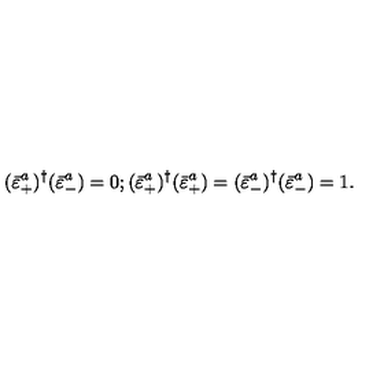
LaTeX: ( \bar { \varepsilon } _ { + } ^ { a } ) ^ { \dagger } ( \bar { \varepsilon } _ { - } ^ { a } ) = 0 ; ( \bar { \varepsilon } _ { + } ^ { a } ) ^ { \dagger } ( \bar { \varepsilon } _ { + } ^ { a } ) = ( \bar { \varepsilon } _ { - } ^ { a } ) ^ { \dagger } ( \bar { \varepsilon } _ { - } ^ { a } ) = 1 .